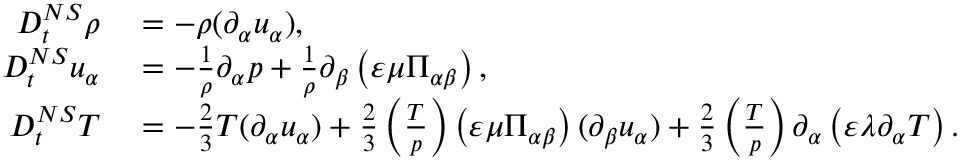
\begin{array} { r l } { D _ { t } ^ { N S } \rho } & { { } = - \rho ( \partial _ { \alpha } u _ { \alpha } ) , } \\ { D _ { t } ^ { N S } u _ { \alpha } } & { { } = - \frac { 1 } { \rho } \partial _ { \alpha } p + \frac { 1 } { \rho } \partial _ { \beta } \left( \varepsilon \mu \Pi _ { \alpha \beta } \right) , } \\ { D _ { t } ^ { N S } T } & { { } = - \frac { 2 } { 3 } T ( \partial _ { \alpha } u _ { \alpha } ) + \frac { 2 } { 3 } \left( \frac { T } { p } \right) \left( \varepsilon \mu \Pi _ { \alpha \beta } \right) ( \partial _ { \beta } u _ { \alpha } ) + \frac { 2 } { 3 } \left( \frac { T } { p } \right) \partial _ { \alpha } \left( \varepsilon \lambda \partial _ { \alpha } T \right) . } \end{array}